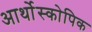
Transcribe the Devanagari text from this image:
आर्थोस्कोपिक